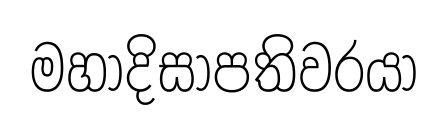
මහාදිසාපතිවරයා